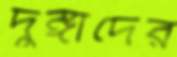
দুঙ্গাদের